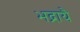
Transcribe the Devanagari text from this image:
भद्रायै